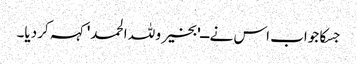
جسکا جواب اس نے ــ'بخیر و للہ الحمد' کہہ کر دیا۔